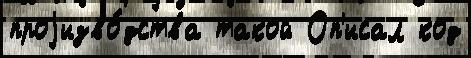
проjизво́дства такой Оп'исал код